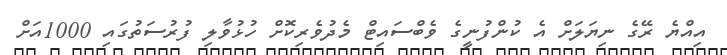
އިއްޔެ ރޭގެ ނިޔަލަށް އެ ކުންފުނީގެ ވެބްސައިޓް މެދުވެރިކޮށް ހުޅުވާލި ފުރުސަތުގައި 1000އަށް